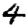
Digit: 4